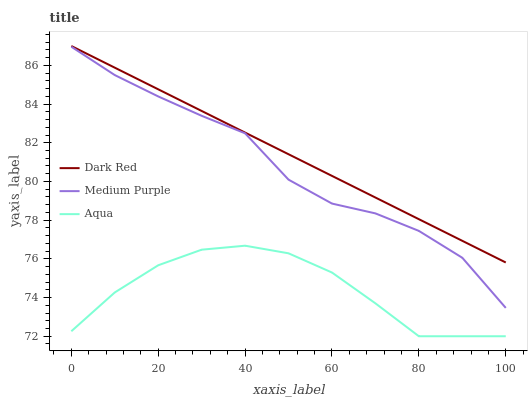
| xaxis_label | Dark Red | Medium Purple | Aqua |
 | --- | --- | --- | --- |
 | 0 | 87 | 87 | 72.3 |
 | 10 | 85.9 | 85.5 | 74.3 |
 | 20 | 84.8 | 84.4 | 75.7 |
 | 30 | 83.6 | 83.4 | 76.5 |
 | 40 | 82.5 | 82.5 | 76.7 |
 | 50 | 81.4 | 80.1 | 76.3 |
 | 60 | 80.3 | 78.9 | 75.3 |
 | 70 | 79.2 | 78.3 | 73.7 |
 | 80 | 78 | 77.4 | 72 |
 | 90 | 76.9 | 76.1 | 72 |
 | 100 | 75.8 | 73.5 | 72 |